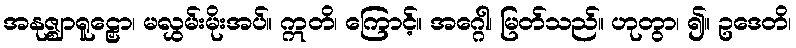
အနုဇ္ဈာရူဠှော၊ မလွှမ်းမိုးအပ်။ ဣတိ၊ ကြောင့်။ အဂ္ဂေါ၊ မြတ်သည်။ ဟုတွာ၊ ၍။ ဥဒေတိ၊